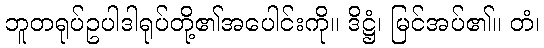
ဘူတရုပ်ဥပါဒါရုပ်တို့၏အပေါင်းကို။ ဒိဋ္ဌံ၊ မြင်အပ်၏။ တံ၊